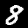
Digit: 8